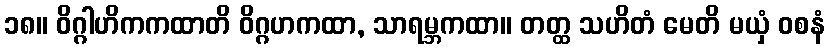
၁၈။ ဝိဂ္ဂါဟိကကထာတိ ဝိဂ္ဂဟကထာ, သာရမ္ဘကထာ။ တတ္ထ သဟိတံ မေတိ မယှံ ဝစနံ